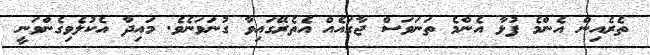
ތެރެއިން އެންމެ ފުޅާ އެންމެ ތަނަވަސް ޖާގައެއް އެތެރޭގައިވާ ގުނަވަނެވެ. މައިދާ އެކުލެވިގެންވަނީ